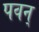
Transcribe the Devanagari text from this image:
पवन्